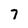
Character: 7